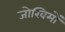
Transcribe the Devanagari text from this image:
जोखिमों